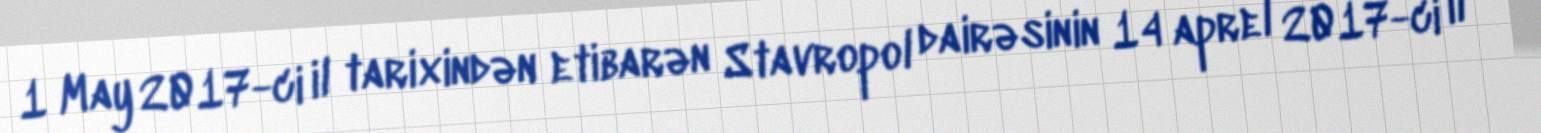
1 May 2017-ci il tarixindən etibarən Stavropol dairəsinin 14 aprel 2017-ci il